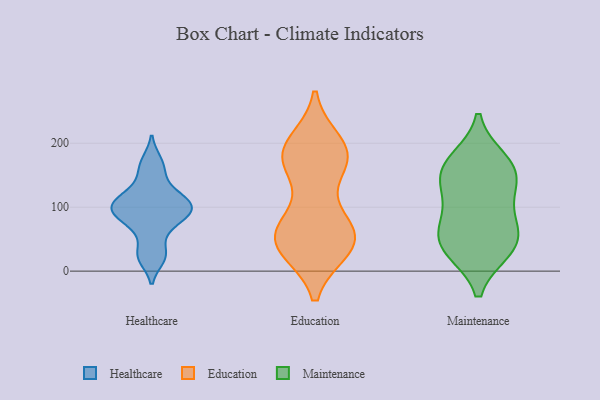
{"axis": {"x": "Net Income (USD K)", "y": "Value"}, "legend": ["Education", "Healthcare", "Maintenance"], "data": [{"x": "", "y": 172, "type": "Healthcare"}, {"x": "", "y": 151, "type": "Healthcare"}, {"x": "", "y": 86, "type": "Healthcare"}, {"x": "", "y": 109, "type": "Healthcare"}, {"x": "", "y": 119, "type": "Healthcare"}, {"x": "", "y": 99, "type": "Healthcare"}, {"x": "", "y": 93, "type": "Healthcare"}, {"x": "", "y": 113, "type": "Healthcare"}, {"x": "", "y": 20, "type": "Healthcare"}, {"x": "", "y": 86, "type": "Healthcare"}, {"x": "", "y": 63, "type": "Healthcare"}, {"x": "", "y": 27, "type": "Healthcare"}, {"x": "", "y": 175, "type": "Education"}, {"x": "", "y": 183, "type": "Education"}, {"x": "", "y": 36, "type": "Education"}, {"x": "", "y": 43, "type": "Education"}, {"x": "", "y": 185, "type": "Education"}, {"x": "", "y": 39, "type": "Education"}, {"x": "", "y": 43, "type": "Education"}, {"x": "", "y": 175, "type": "Education"}, {"x": "", "y": 51, "type": "Education"}, {"x": "", "y": 175, "type": "Education"}, {"x": "", "y": 62, "type": "Education"}, {"x": "", "y": 82, "type": "Education"}, {"x": "", "y": 67, "type": "Education"}, {"x": "", "y": 49, "type": "Education"}, {"x": "", "y": 178, "type": "Education"}, {"x": "", "y": 199, "type": "Education"}, {"x": "", "y": 159, "type": "Maintenance"}, {"x": "", "y": 54, "type": "Maintenance"}, {"x": "", "y": 143, "type": "Maintenance"}, {"x": "", "y": 156, "type": "Maintenance"}, {"x": "", "y": 112, "type": "Maintenance"}, {"x": "", "y": 82, "type": "Maintenance"}, {"x": "", "y": 172, "type": "Maintenance"}, {"x": "", "y": 34, "type": "Maintenance"}, {"x": "", "y": 34, "type": "Maintenance"}, {"x": "", "y": 51, "type": "Maintenance"}]}